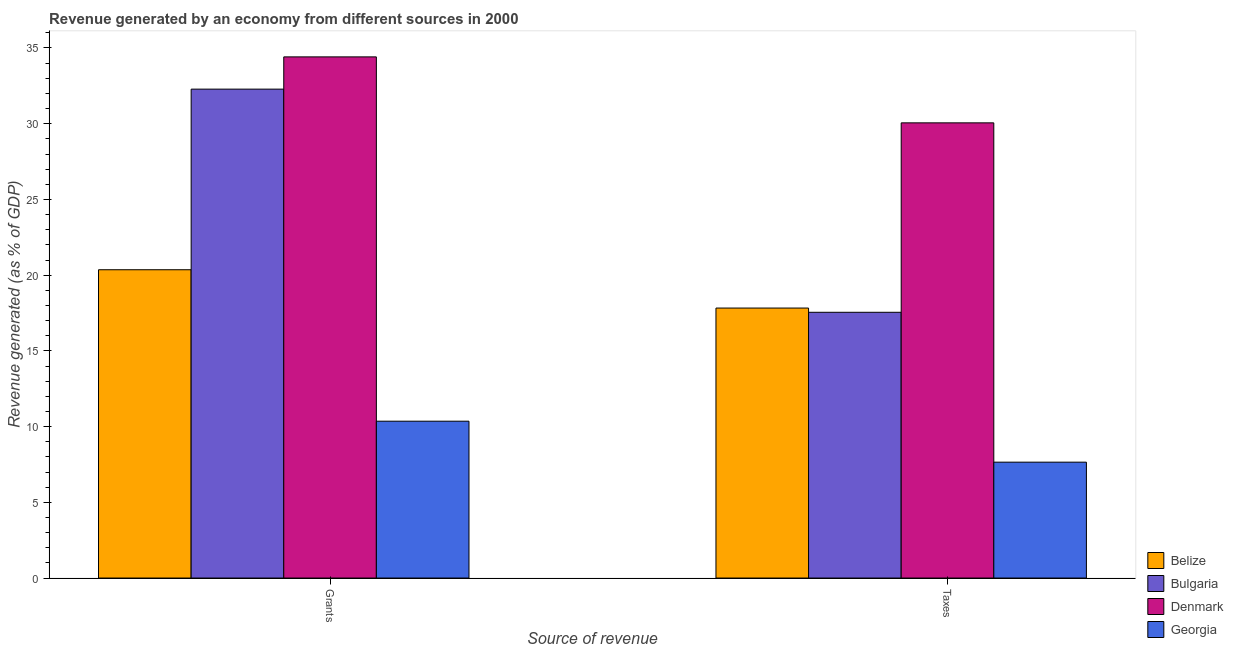
| Source of revenue | Belize | Bulgaria | Denmark | Georgia |
 | --- | --- | --- | --- | --- |
 | Grants | 20.4 | 32.3 | 34.4 | 10.4 |
 | Taxes | 17.8 | 17.5 | 30.1 | 7.65 |